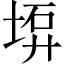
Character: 𡍟